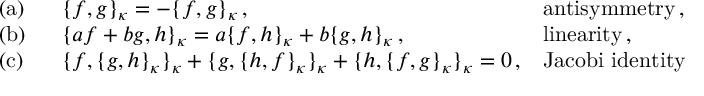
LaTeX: \begin{array} { l l l } { { \mathrm { ( a ) ~ ~ } } } & { { \{ f , g \} _ { \kappa } = - \{ f , g \} _ { \kappa } \, , } } & { { \mathrm { a n t i s y m m e t r y \, , } } } \\ { { \mathrm { ( b ) ~ ~ } } } & { { \{ a f + b g , h \} _ { \kappa } = a \{ f , h \} _ { \kappa } + b \{ g , h \} _ { \kappa } \, , ~ ~ ~ } } & { { \mathrm { l i n e a r i t y \, , } } } \\ { { \mathrm { ( c ) ~ ~ } } } & { { \{ f , \{ g , h \} _ { \kappa } \} _ { \kappa } + \{ g , \{ h , f \} _ { \kappa } \} _ { \kappa } + \{ h , \{ f , g \} _ { \kappa } \} _ { \kappa } = 0 \, , } } & { { \mathrm { J a c o b i ~ i d e n t i t y } } } \end{array}